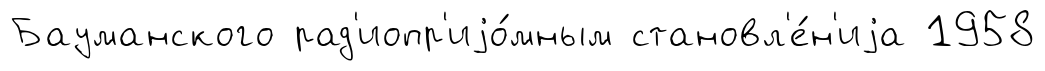
Бауманского рад'иопр'иjо́мным становл'е́н'иjа 1958